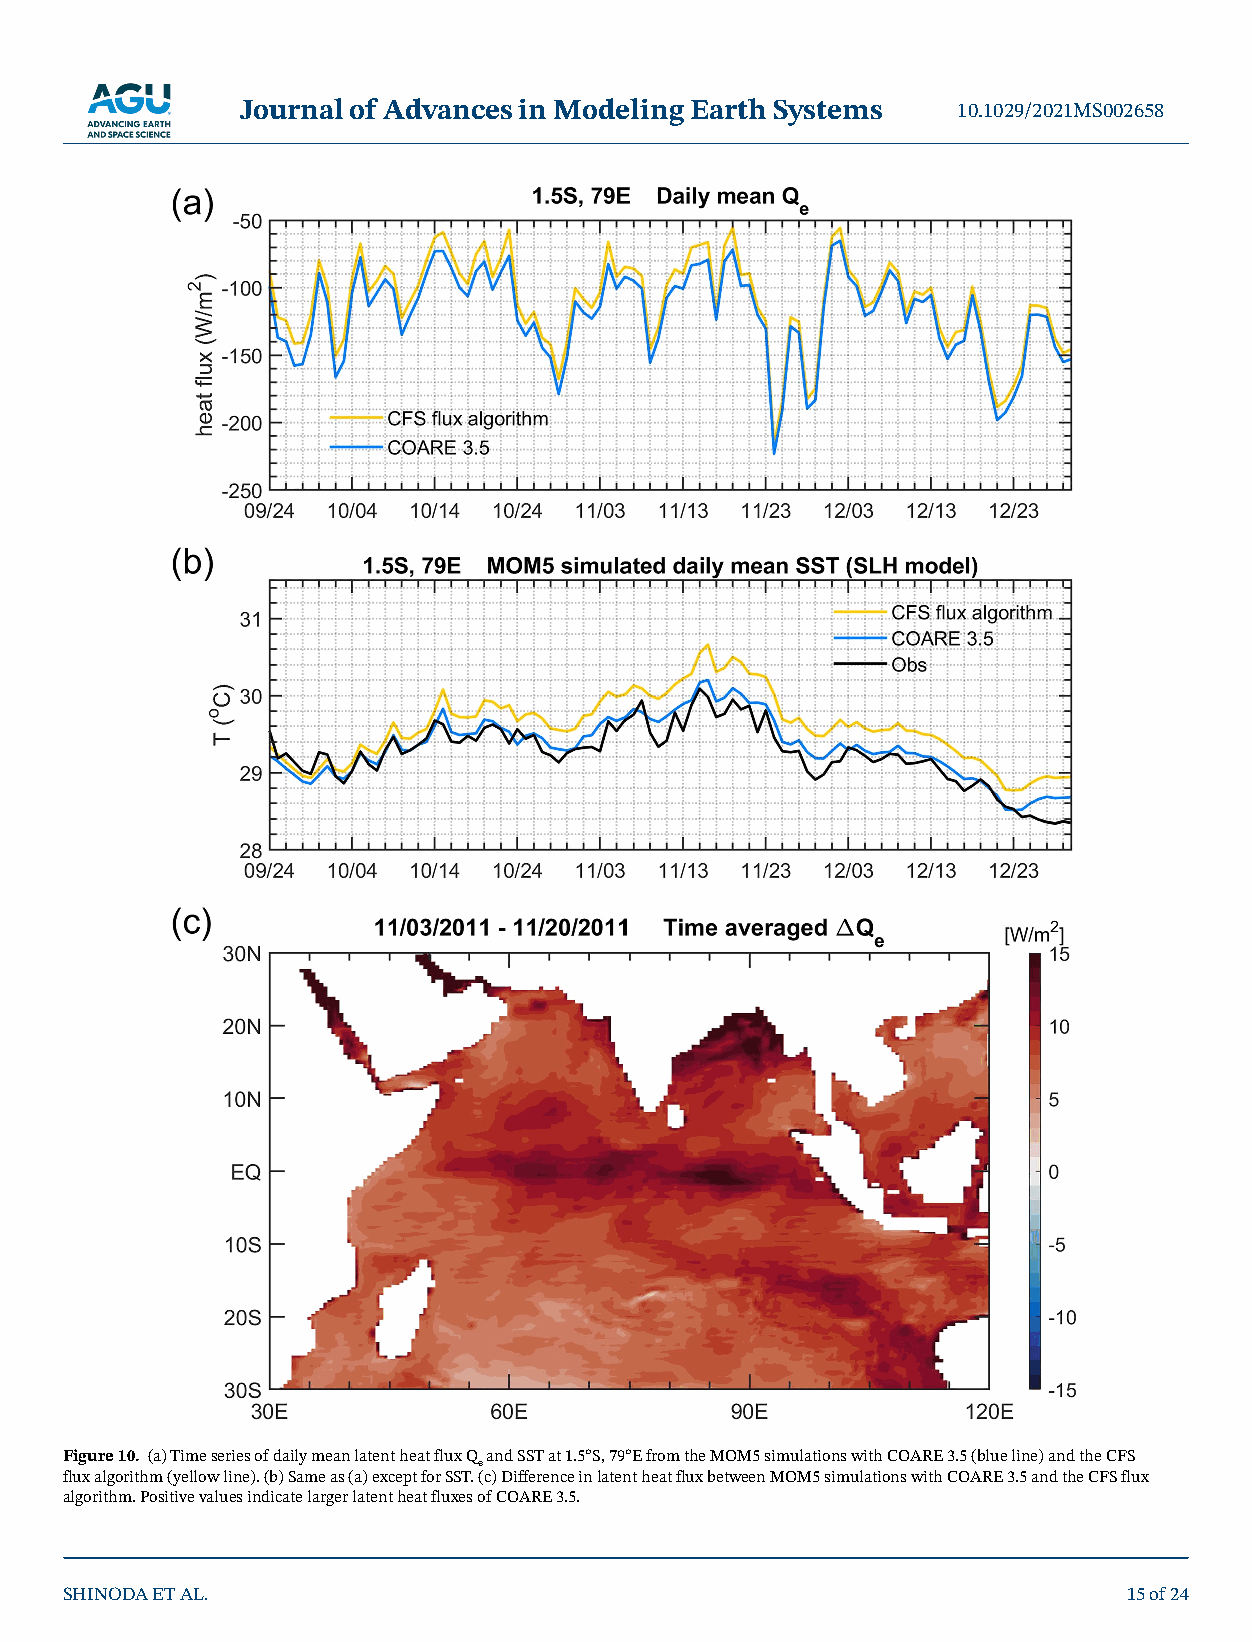
Journal of Advances in Modeling Earth Systems  10.1029/2021MS002658
 Figure 10. (a) Time series of daily mean latent heat flux Q and SST at 1.5°S, 79°E from the MOM5 simulations with COARE 3.5 (blue line) and the CFS
 e
 flux algorithm (yellow line). (b) Same as (a) except for SST. (c) Difference in latent heat flux between MOM5 simulations with COARE 3.5 and the CFS flux
 algorithm. Positive values indicate larger latent heat fluxes of COARE 3.5.
 SHINODA ET AL.                                                         15 of 24